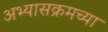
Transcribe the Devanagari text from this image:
अभ्यासक्रमच्या